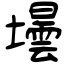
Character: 壜